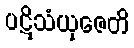
ပဋိသံယုဇေတိ